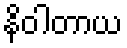
နိဝါတာယ